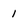
Character: 1